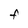
Character: F